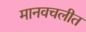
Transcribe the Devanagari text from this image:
मानवचलीत